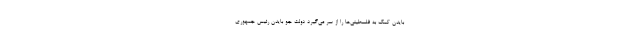
بایدن کمک به فلسطینی‌ها را از سر می‌گیرد دولت جو بایدن رئیس جمهوری